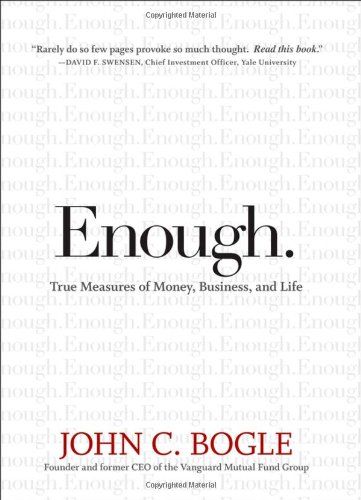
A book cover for Enough: True Measures of Money, Business, and Life; John C. Bogle; Business & Money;